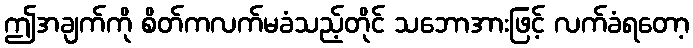
ဤအချက်ကို စိတ်ကလက်မခံသည့်တိုင် သဘောအားဖြင့် လက်ခံရတော့